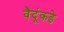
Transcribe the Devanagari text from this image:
वैदूंकडे